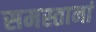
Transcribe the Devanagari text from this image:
समस्तानां